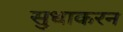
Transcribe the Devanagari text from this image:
सुधाकरन